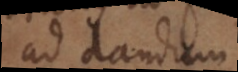
ad dandum